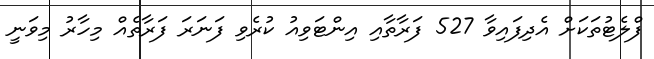
ފްލެޓުތަކަށް އެދިފައިވާ 527 ފަރާތާއި އިންޓަވިއު ކުރެވި ފަނަރަ ފަރާތެއް މިހާރު މިވަނީ